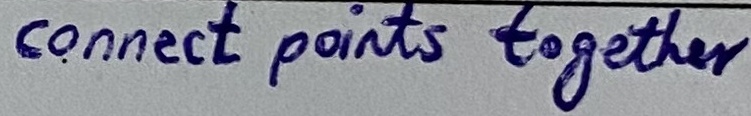
Text: connect points together